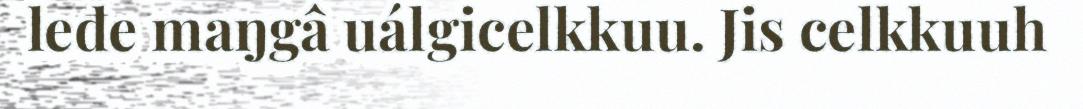
leđe maŋgâ uálgicelkkuu. Jis celkkuuh